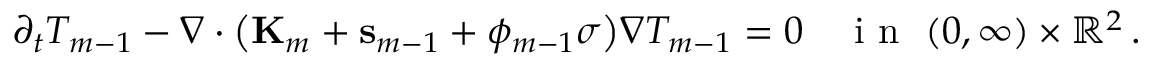
\partial _ { t } T _ { m - 1 } - \nabla \cdot \bigl ( \mathbf { K } _ { m } + \mathbf { s } _ { m - 1 } + \phi _ { m - 1 } \sigma \bigr ) \nabla T _ { m - 1 } = 0 \quad \mathrm { ~ i ~ n ~ } \ ( 0 , \infty ) \times \ensuremath { \mathbb { R } } ^ { 2 } \, .